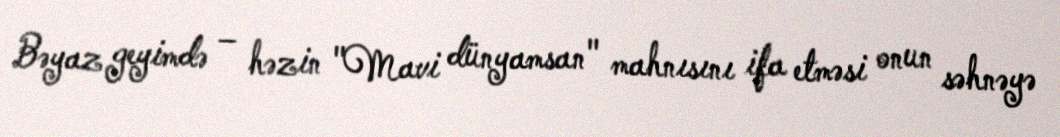
Bəyaz geyimdə – həzin "Mavi dünyamsan" mahnısını ifa etməsi onun səhnəyə